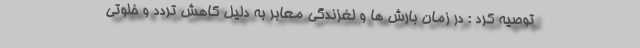
توصیه کرد : در زمان بارش ها و لغزندگی معابر به دلیل کاهش تردد و خلوتی